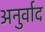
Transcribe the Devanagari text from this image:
अनुर्वाद